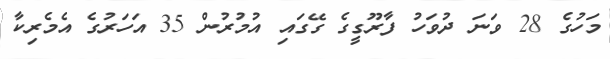
މަހުގެ 28 ވަނަ ދުވަހު ފާރޫގީގެ ގޭގައި އުމުރުން 35 އަހަރުގެ އެމެރިކާ